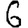
Digit: 6